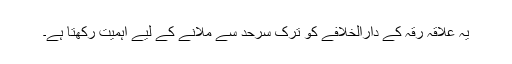
یہ علاقہ رقہ کے دارالخلافے کو ترک سرحد سے ملانے کے لیے اہمیت رکھتا ہے۔